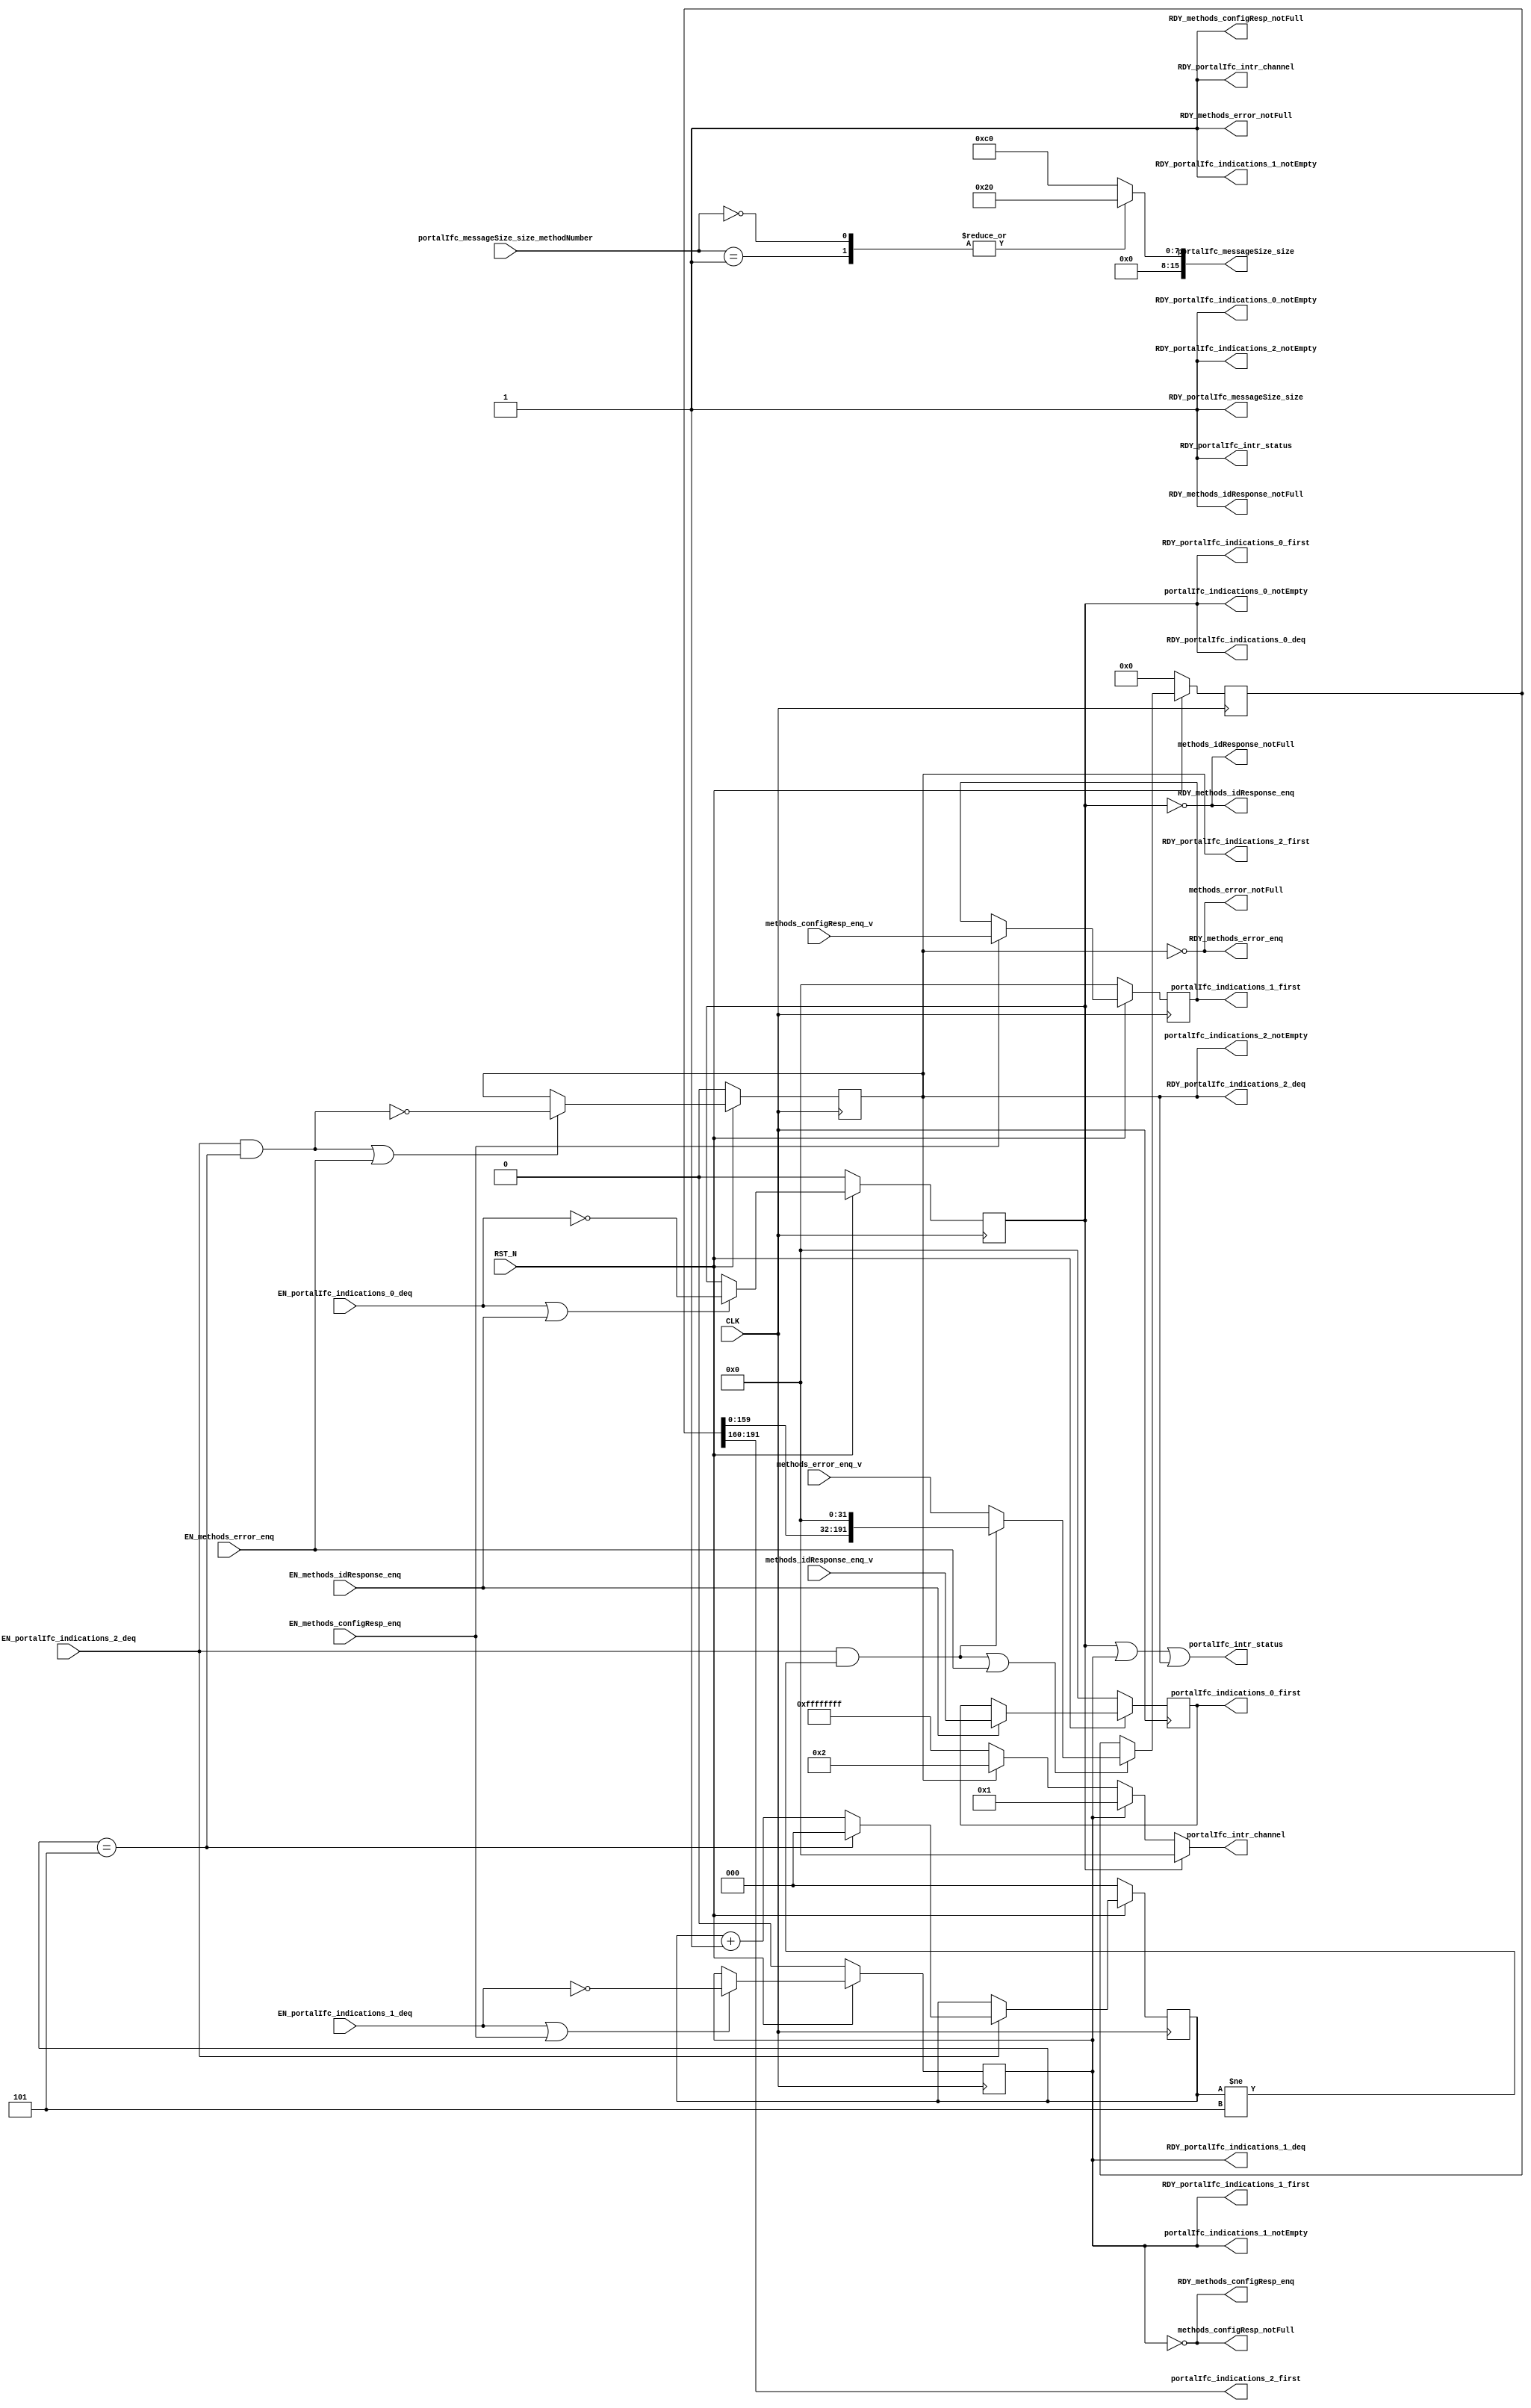
//
// Generated by Bluespec Compiler, version 2023.01 (build 52adafa5)
//
// timestamp removed
//
// BVI format method schedule info:
// schedule methods_idResponse_enq  CF ( methods_configResp_enq,
// 				      methods_configResp_notFull,
// 				      methods_error_enq,
// 				      methods_error_notFull,
// 				      portalIfc_messageSize_size,
// 				      portalIfc_indications_0_first,
// 				      portalIfc_indications_0_deq,
// 				      portalIfc_indications_1_first,
// 				      portalIfc_indications_1_deq,
// 				      portalIfc_indications_1_notEmpty,
// 				      portalIfc_indications_2_first,
// 				      portalIfc_indications_2_deq,
// 				      portalIfc_indications_2_notEmpty );
// schedule methods_idResponse_enq  C ( methods_idResponse_enq );
//
// schedule methods_idResponse_notFull  CF ( methods_idResponse_notFull,
// 					  methods_configResp_enq,
// 					  methods_configResp_notFull,
// 					  methods_error_enq,
// 					  methods_error_notFull,
// 					  portalIfc_messageSize_size,
// 					  portalIfc_indications_0_first,
// 					  portalIfc_indications_0_notEmpty,
// 					  portalIfc_indications_1_first,
// 					  portalIfc_indications_1_deq,
// 					  portalIfc_indications_1_notEmpty,
// 					  portalIfc_indications_2_first,
// 					  portalIfc_indications_2_deq,
// 					  portalIfc_indications_2_notEmpty,
// 					  portalIfc_intr_status,
// 					  portalIfc_intr_channel );
// schedule methods_idResponse_notFull  SB ( methods_idResponse_enq,
// 					  portalIfc_indications_0_deq );
//
// schedule methods_configResp_enq  CF ( methods_idResponse_enq,
// 				      methods_idResponse_notFull,
// 				      methods_error_enq,
// 				      methods_error_notFull,
// 				      portalIfc_messageSize_size,
// 				      portalIfc_indications_0_first,
// 				      portalIfc_indications_0_deq,
// 				      portalIfc_indications_0_notEmpty,
// 				      portalIfc_indications_1_first,
// 				      portalIfc_indications_1_deq,
// 				      portalIfc_indications_2_first,
// 				      portalIfc_indications_2_deq,
// 				      portalIfc_indications_2_notEmpty );
// schedule methods_configResp_enq  C ( methods_configResp_enq );
//
// schedule methods_configResp_notFull  CF ( methods_idResponse_enq,
// 					  methods_idResponse_notFull,
// 					  methods_configResp_notFull,
// 					  methods_error_enq,
// 					  methods_error_notFull,
// 					  portalIfc_messageSize_size,
// 					  portalIfc_indications_0_first,
// 					  portalIfc_indications_0_deq,
// 					  portalIfc_indications_0_notEmpty,
// 					  portalIfc_indications_1_first,
// 					  portalIfc_indications_1_notEmpty,
// 					  portalIfc_indications_2_first,
// 					  portalIfc_indications_2_deq,
// 					  portalIfc_indications_2_notEmpty,
// 					  portalIfc_intr_status,
// 					  portalIfc_intr_channel );
// schedule methods_configResp_notFull  SB ( methods_configResp_enq,
// 					  portalIfc_indications_1_deq );
//
// schedule methods_error_enq  CF ( methods_idResponse_enq,
// 				 methods_idResponse_notFull,
// 				 methods_configResp_enq,
// 				 methods_configResp_notFull,
// 				 portalIfc_messageSize_size,
// 				 portalIfc_indications_0_first,
// 				 portalIfc_indications_0_deq,
// 				 portalIfc_indications_0_notEmpty,
// 				 portalIfc_indications_1_first,
// 				 portalIfc_indications_1_deq,
// 				 portalIfc_indications_1_notEmpty,
// 				 portalIfc_indications_2_first,
// 				 portalIfc_indications_2_deq );
// schedule methods_error_enq  C ( methods_error_enq );
//
// schedule methods_error_notFull  CF ( methods_idResponse_enq,
// 				     methods_idResponse_notFull,
// 				     methods_configResp_enq,
// 				     methods_configResp_notFull,
// 				     methods_error_notFull,
// 				     portalIfc_messageSize_size,
// 				     portalIfc_indications_0_first,
// 				     portalIfc_indications_0_deq,
// 				     portalIfc_indications_0_notEmpty,
// 				     portalIfc_indications_1_first,
// 				     portalIfc_indications_1_deq,
// 				     portalIfc_indications_1_notEmpty,
// 				     portalIfc_indications_2_first,
// 				     portalIfc_indications_2_notEmpty,
// 				     portalIfc_intr_status,
// 				     portalIfc_intr_channel );
// schedule methods_error_notFull  SB ( methods_error_enq,
// 				     portalIfc_indications_2_deq );
//
// schedule portalIfc_messageSize_size  CF ( methods_idResponse_enq,
// 					  methods_idResponse_notFull,
// 					  methods_configResp_enq,
// 					  methods_configResp_notFull,
// 					  methods_error_enq,
// 					  methods_error_notFull,
// 					  portalIfc_messageSize_size,
// 					  portalIfc_indications_0_first,
// 					  portalIfc_indications_0_deq,
// 					  portalIfc_indications_0_notEmpty,
// 					  portalIfc_indications_1_first,
// 					  portalIfc_indications_1_deq,
// 					  portalIfc_indications_1_notEmpty,
// 					  portalIfc_indications_2_first,
// 					  portalIfc_indications_2_deq,
// 					  portalIfc_indications_2_notEmpty,
// 					  portalIfc_intr_status,
// 					  portalIfc_intr_channel );
//
// schedule portalIfc_indications_0_first  CF ( methods_idResponse_enq,
// 					     methods_idResponse_notFull,
// 					     methods_configResp_enq,
// 					     methods_configResp_notFull,
// 					     methods_error_enq,
// 					     methods_error_notFull,
// 					     portalIfc_messageSize_size,
// 					     portalIfc_indications_0_first,
// 					     portalIfc_indications_0_notEmpty,
// 					     portalIfc_indications_1_first,
// 					     portalIfc_indications_1_deq,
// 					     portalIfc_indications_1_notEmpty,
// 					     portalIfc_indications_2_first,
// 					     portalIfc_indications_2_deq,
// 					     portalIfc_indications_2_notEmpty,
// 					     portalIfc_intr_status,
// 					     portalIfc_intr_channel );
// schedule portalIfc_indications_0_first  SB ( portalIfc_indications_0_deq );
//
// schedule portalIfc_indications_0_deq  CF ( methods_idResponse_enq,
// 					   methods_configResp_enq,
// 					   methods_configResp_notFull,
// 					   methods_error_enq,
// 					   methods_error_notFull,
// 					   portalIfc_messageSize_size,
// 					   portalIfc_indications_1_first,
// 					   portalIfc_indications_1_deq,
// 					   portalIfc_indications_1_notEmpty,
// 					   portalIfc_indications_2_first,
// 					   portalIfc_indications_2_deq,
// 					   portalIfc_indications_2_notEmpty );
// schedule portalIfc_indications_0_deq  C ( portalIfc_indications_0_deq );
//
// schedule portalIfc_indications_0_notEmpty  CF ( methods_idResponse_notFull,
// 						methods_configResp_enq,
// 						methods_configResp_notFull,
// 						methods_error_enq,
// 						methods_error_notFull,
// 						portalIfc_messageSize_size,
// 						portalIfc_indications_0_first,
// 						portalIfc_indications_0_notEmpty,
// 						portalIfc_indications_1_first,
// 						portalIfc_indications_1_deq,
// 						portalIfc_indications_1_notEmpty,
// 						portalIfc_indications_2_first,
// 						portalIfc_indications_2_deq,
// 						portalIfc_indications_2_notEmpty,
// 						portalIfc_intr_status,
// 						portalIfc_intr_channel );
// schedule portalIfc_indications_0_notEmpty  SB ( methods_idResponse_enq,
// 						portalIfc_indications_0_deq );
//
// schedule portalIfc_indications_1_first  CF ( methods_idResponse_enq,
// 					     methods_idResponse_notFull,
// 					     methods_configResp_enq,
// 					     methods_configResp_notFull,
// 					     methods_error_enq,
// 					     methods_error_notFull,
// 					     portalIfc_messageSize_size,
// 					     portalIfc_indications_0_first,
// 					     portalIfc_indications_0_deq,
// 					     portalIfc_indications_0_notEmpty,
// 					     portalIfc_indications_1_first,
// 					     portalIfc_indications_1_notEmpty,
// 					     portalIfc_indications_2_first,
// 					     portalIfc_indications_2_deq,
// 					     portalIfc_indications_2_notEmpty,
// 					     portalIfc_intr_status,
// 					     portalIfc_intr_channel );
// schedule portalIfc_indications_1_first  SB ( portalIfc_indications_1_deq );
//
// schedule portalIfc_indications_1_deq  CF ( methods_idResponse_enq,
// 					   methods_idResponse_notFull,
// 					   methods_configResp_enq,
// 					   methods_error_enq,
// 					   methods_error_notFull,
// 					   portalIfc_messageSize_size,
// 					   portalIfc_indications_0_first,
// 					   portalIfc_indications_0_deq,
// 					   portalIfc_indications_0_notEmpty,
// 					   portalIfc_indications_2_first,
// 					   portalIfc_indications_2_deq,
// 					   portalIfc_indications_2_notEmpty );
// schedule portalIfc_indications_1_deq  C ( portalIfc_indications_1_deq );
//
// schedule portalIfc_indications_1_notEmpty  CF ( methods_idResponse_enq,
// 						methods_idResponse_notFull,
// 						methods_configResp_notFull,
// 						methods_error_enq,
// 						methods_error_notFull,
// 						portalIfc_messageSize_size,
// 						portalIfc_indications_0_first,
// 						portalIfc_indications_0_deq,
// 						portalIfc_indications_0_notEmpty,
// 						portalIfc_indications_1_first,
// 						portalIfc_indications_1_notEmpty,
// 						portalIfc_indications_2_first,
// 						portalIfc_indications_2_deq,
// 						portalIfc_indications_2_notEmpty,
// 						portalIfc_intr_status,
// 						portalIfc_intr_channel );
// schedule portalIfc_indications_1_notEmpty  SB ( methods_configResp_enq,
// 						portalIfc_indications_1_deq );
//
// schedule portalIfc_indications_2_first  CF ( methods_idResponse_enq,
// 					     methods_idResponse_notFull,
// 					     methods_configResp_enq,
// 					     methods_configResp_notFull,
// 					     methods_error_enq,
// 					     methods_error_notFull,
// 					     portalIfc_messageSize_size,
// 					     portalIfc_indications_0_first,
// 					     portalIfc_indications_0_deq,
// 					     portalIfc_indications_0_notEmpty,
// 					     portalIfc_indications_1_first,
// 					     portalIfc_indications_1_deq,
// 					     portalIfc_indications_1_notEmpty,
// 					     portalIfc_indications_2_first,
// 					     portalIfc_indications_2_notEmpty,
// 					     portalIfc_intr_status,
// 					     portalIfc_intr_channel );
// schedule portalIfc_indications_2_first  SB ( portalIfc_indications_2_deq );
//
// schedule portalIfc_indications_2_deq  CF ( methods_idResponse_enq,
// 					   methods_idResponse_notFull,
// 					   methods_configResp_enq,
// 					   methods_configResp_notFull,
// 					   methods_error_enq,
// 					   portalIfc_messageSize_size,
// 					   portalIfc_indications_0_first,
// 					   portalIfc_indications_0_deq,
// 					   portalIfc_indications_0_notEmpty,
// 					   portalIfc_indications_1_first,
// 					   portalIfc_indications_1_deq,
// 					   portalIfc_indications_1_notEmpty );
// schedule portalIfc_indications_2_deq  C ( portalIfc_indications_2_deq );
//
// schedule portalIfc_indications_2_notEmpty  CF ( methods_idResponse_enq,
// 						methods_idResponse_notFull,
// 						methods_configResp_enq,
// 						methods_configResp_notFull,
// 						methods_error_notFull,
// 						portalIfc_messageSize_size,
// 						portalIfc_indications_0_first,
// 						portalIfc_indications_0_deq,
// 						portalIfc_indications_0_notEmpty,
// 						portalIfc_indications_1_first,
// 						portalIfc_indications_1_deq,
// 						portalIfc_indications_1_notEmpty,
// 						portalIfc_indications_2_first,
// 						portalIfc_indications_2_notEmpty,
// 						portalIfc_intr_status,
// 						portalIfc_intr_channel );
// schedule portalIfc_indications_2_notEmpty  SB ( methods_error_enq,
// 						portalIfc_indications_2_deq );
//
// schedule portalIfc_intr_status  CF ( methods_idResponse_notFull,
// 				     methods_configResp_notFull,
// 				     methods_error_notFull,
// 				     portalIfc_messageSize_size,
// 				     portalIfc_indications_0_first,
// 				     portalIfc_indications_0_notEmpty,
// 				     portalIfc_indications_1_first,
// 				     portalIfc_indications_1_notEmpty,
// 				     portalIfc_indications_2_first,
// 				     portalIfc_indications_2_notEmpty,
// 				     portalIfc_intr_status,
// 				     portalIfc_intr_channel );
// schedule portalIfc_intr_status  SB ( methods_idResponse_enq,
// 				     methods_configResp_enq,
// 				     methods_error_enq,
// 				     portalIfc_indications_0_deq,
// 				     portalIfc_indications_1_deq,
// 				     portalIfc_indications_2_deq );
//
// schedule portalIfc_intr_channel  CF ( methods_idResponse_notFull,
// 				      methods_configResp_notFull,
// 				      methods_error_notFull,
// 				      portalIfc_messageSize_size,
// 				      portalIfc_indications_0_first,
// 				      portalIfc_indications_0_notEmpty,
// 				      portalIfc_indications_1_first,
// 				      portalIfc_indications_1_notEmpty,
// 				      portalIfc_indications_2_first,
// 				      portalIfc_indications_2_notEmpty,
// 				      portalIfc_intr_status,
// 				      portalIfc_intr_channel );
// schedule portalIfc_intr_channel  SB ( methods_idResponse_enq,
// 				      methods_configResp_enq,
// 				      methods_error_enq,
// 				      portalIfc_indications_0_deq,
// 				      portalIfc_indications_1_deq,
// 				      portalIfc_indications_2_deq );
//
//
// Ports:
// Name                         I/O  size props
// RDY_methods_idResponse_enq     O     1
// methods_idResponse_notFull     O     1
// RDY_methods_idResponse_notFull  O     1 const
// RDY_methods_configResp_enq     O     1
// methods_configResp_notFull     O     1
// RDY_methods_configResp_notFull  O     1 const
// RDY_methods_error_enq          O     1
// methods_error_notFull          O     1
// RDY_methods_error_notFull      O     1 const
// portalIfc_messageSize_size     O    16
// RDY_portalIfc_messageSize_size  O     1 const
// portalIfc_indications_0_first  O    32 reg
// RDY_portalIfc_indications_0_first  O     1 reg
// RDY_portalIfc_indications_0_deq  O     1 reg
// portalIfc_indications_0_notEmpty  O     1 reg
// RDY_portalIfc_indications_0_notEmpty  O     1 const
// portalIfc_indications_1_first  O    32 reg
// RDY_portalIfc_indications_1_first  O     1 reg
// RDY_portalIfc_indications_1_deq  O     1 reg
// portalIfc_indications_1_notEmpty  O     1 reg
// RDY_portalIfc_indications_1_notEmpty  O     1 const
// portalIfc_indications_2_first  O    32 reg
// RDY_portalIfc_indications_2_first  O     1 reg
// RDY_portalIfc_indications_2_deq  O     1 reg
// portalIfc_indications_2_notEmpty  O     1 reg
// RDY_portalIfc_indications_2_notEmpty  O     1 const
// portalIfc_intr_status          O     1
// RDY_portalIfc_intr_status      O     1 const
// portalIfc_intr_channel         O    32
// RDY_portalIfc_intr_channel     O     1 const
// CLK                            I     1 clock
// RST_N                          I     1 reset
// methods_idResponse_enq_v       I    32 reg
// methods_configResp_enq_v       I    32 reg
// methods_error_enq_v            I   192
// portalIfc_messageSize_size_methodNumber  I    16
// EN_methods_idResponse_enq      I     1
// EN_methods_configResp_enq      I     1
// EN_methods_error_enq           I     1
// EN_portalIfc_indications_0_deq  I     1
// EN_portalIfc_indications_1_deq  I     1
// EN_portalIfc_indications_2_deq  I     1
//
// Combinational paths from inputs to outputs:
//   portalIfc_messageSize_size_methodNumber -> portalIfc_messageSize_size
//
//

`ifdef BSV_ASSIGNMENT_DELAY
`else
  `define BSV_ASSIGNMENT_DELAY
`endif

`ifdef BSV_POSITIVE_RESET
  `define BSV_RESET_VALUE 1'b1
  `define BSV_RESET_EDGE posedge
`else
  `define BSV_RESET_VALUE 1'b0
  `define BSV_RESET_EDGE negedge
`endif

module mkMMUIndicationOutputPipes(CLK,
				  RST_N,

				  methods_idResponse_enq_v,
				  EN_methods_idResponse_enq,
				  RDY_methods_idResponse_enq,

				  methods_idResponse_notFull,
				  RDY_methods_idResponse_notFull,

				  methods_configResp_enq_v,
				  EN_methods_configResp_enq,
				  RDY_methods_configResp_enq,

				  methods_configResp_notFull,
				  RDY_methods_configResp_notFull,

				  methods_error_enq_v,
				  EN_methods_error_enq,
				  RDY_methods_error_enq,

				  methods_error_notFull,
				  RDY_methods_error_notFull,

				  portalIfc_messageSize_size_methodNumber,
				  portalIfc_messageSize_size,
				  RDY_portalIfc_messageSize_size,

				  portalIfc_indications_0_first,
				  RDY_portalIfc_indications_0_first,

				  EN_portalIfc_indications_0_deq,
				  RDY_portalIfc_indications_0_deq,

				  portalIfc_indications_0_notEmpty,
				  RDY_portalIfc_indications_0_notEmpty,

				  portalIfc_indications_1_first,
				  RDY_portalIfc_indications_1_first,

				  EN_portalIfc_indications_1_deq,
				  RDY_portalIfc_indications_1_deq,

				  portalIfc_indications_1_notEmpty,
				  RDY_portalIfc_indications_1_notEmpty,

				  portalIfc_indications_2_first,
				  RDY_portalIfc_indications_2_first,

				  EN_portalIfc_indications_2_deq,
				  RDY_portalIfc_indications_2_deq,

				  portalIfc_indications_2_notEmpty,
				  RDY_portalIfc_indications_2_notEmpty,

				  portalIfc_intr_status,
				  RDY_portalIfc_intr_status,

				  portalIfc_intr_channel,
				  RDY_portalIfc_intr_channel);
  input  CLK;
  input  RST_N;

  // action method methods_idResponse_enq
  input  [31 : 0] methods_idResponse_enq_v;
  input  EN_methods_idResponse_enq;
  output RDY_methods_idResponse_enq;

  // value method methods_idResponse_notFull
  output methods_idResponse_notFull;
  output RDY_methods_idResponse_notFull;

  // action method methods_configResp_enq
  input  [31 : 0] methods_configResp_enq_v;
  input  EN_methods_configResp_enq;
  output RDY_methods_configResp_enq;

  // value method methods_configResp_notFull
  output methods_configResp_notFull;
  output RDY_methods_configResp_notFull;

  // action method methods_error_enq
  input  [191 : 0] methods_error_enq_v;
  input  EN_methods_error_enq;
  output RDY_methods_error_enq;

  // value method methods_error_notFull
  output methods_error_notFull;
  output RDY_methods_error_notFull;

  // value method portalIfc_messageSize_size
  input  [15 : 0] portalIfc_messageSize_size_methodNumber;
  output [15 : 0] portalIfc_messageSize_size;
  output RDY_portalIfc_messageSize_size;

  // value method portalIfc_indications_0_first
  output [31 : 0] portalIfc_indications_0_first;
  output RDY_portalIfc_indications_0_first;

  // action method portalIfc_indications_0_deq
  input  EN_portalIfc_indications_0_deq;
  output RDY_portalIfc_indications_0_deq;

  // value method portalIfc_indications_0_notEmpty
  output portalIfc_indications_0_notEmpty;
  output RDY_portalIfc_indications_0_notEmpty;

  // value method portalIfc_indications_1_first
  output [31 : 0] portalIfc_indications_1_first;
  output RDY_portalIfc_indications_1_first;

  // action method portalIfc_indications_1_deq
  input  EN_portalIfc_indications_1_deq;
  output RDY_portalIfc_indications_1_deq;

  // value method portalIfc_indications_1_notEmpty
  output portalIfc_indications_1_notEmpty;
  output RDY_portalIfc_indications_1_notEmpty;

  // value method portalIfc_indications_2_first
  output [31 : 0] portalIfc_indications_2_first;
  output RDY_portalIfc_indications_2_first;

  // action method portalIfc_indications_2_deq
  input  EN_portalIfc_indications_2_deq;
  output RDY_portalIfc_indications_2_deq;

  // value method portalIfc_indications_2_notEmpty
  output portalIfc_indications_2_notEmpty;
  output RDY_portalIfc_indications_2_notEmpty;

  // value method portalIfc_intr_status
  output portalIfc_intr_status;
  output RDY_portalIfc_intr_status;

  // value method portalIfc_intr_channel
  output [31 : 0] portalIfc_intr_channel;
  output RDY_portalIfc_intr_channel;

  // signals for module outputs
  reg [15 : 0] portalIfc_messageSize_size;
  wire [31 : 0] portalIfc_indications_0_first,
		portalIfc_indications_1_first,
		portalIfc_indications_2_first,
		portalIfc_intr_channel;
  wire RDY_methods_configResp_enq,
       RDY_methods_configResp_notFull,
       RDY_methods_error_enq,
       RDY_methods_error_notFull,
       RDY_methods_idResponse_enq,
       RDY_methods_idResponse_notFull,
       RDY_portalIfc_indications_0_deq,
       RDY_portalIfc_indications_0_first,
       RDY_portalIfc_indications_0_notEmpty,
       RDY_portalIfc_indications_1_deq,
       RDY_portalIfc_indications_1_first,
       RDY_portalIfc_indications_1_notEmpty,
       RDY_portalIfc_indications_2_deq,
       RDY_portalIfc_indications_2_first,
       RDY_portalIfc_indications_2_notEmpty,
       RDY_portalIfc_intr_channel,
       RDY_portalIfc_intr_status,
       RDY_portalIfc_messageSize_size,
       methods_configResp_notFull,
       methods_error_notFull,
       methods_idResponse_notFull,
       portalIfc_indications_0_notEmpty,
       portalIfc_indications_1_notEmpty,
       portalIfc_indications_2_notEmpty,
       portalIfc_intr_status;

  // register configResp_responseAdapter_bits
  reg [31 : 0] configResp_responseAdapter_bits;
  wire [31 : 0] configResp_responseAdapter_bits_D_IN;
  wire configResp_responseAdapter_bits_EN;

  // register configResp_responseAdapter_notEmptyReg
  reg configResp_responseAdapter_notEmptyReg;
  wire configResp_responseAdapter_notEmptyReg_D_IN,
       configResp_responseAdapter_notEmptyReg_EN;

  // register configResp_responseAdapter_shift
  reg [5 : 0] configResp_responseAdapter_shift;
  wire [5 : 0] configResp_responseAdapter_shift_D_IN;
  wire configResp_responseAdapter_shift_EN;

  // register error_responseAdapter_bits
  reg [191 : 0] error_responseAdapter_bits;
  wire [191 : 0] error_responseAdapter_bits_D_IN;
  wire error_responseAdapter_bits_EN;

  // register error_responseAdapter_count
  reg [2 : 0] error_responseAdapter_count;
  wire [2 : 0] error_responseAdapter_count_D_IN;
  wire error_responseAdapter_count_EN;

  // register error_responseAdapter_notEmptyReg
  reg error_responseAdapter_notEmptyReg;
  wire error_responseAdapter_notEmptyReg_D_IN,
       error_responseAdapter_notEmptyReg_EN;

  // register error_responseAdapter_shift
  reg [8 : 0] error_responseAdapter_shift;
  wire [8 : 0] error_responseAdapter_shift_D_IN;
  wire error_responseAdapter_shift_EN;

  // register idResponse_responseAdapter_bits
  reg [31 : 0] idResponse_responseAdapter_bits;
  wire [31 : 0] idResponse_responseAdapter_bits_D_IN;
  wire idResponse_responseAdapter_bits_EN;

  // register idResponse_responseAdapter_notEmptyReg
  reg idResponse_responseAdapter_notEmptyReg;
  wire idResponse_responseAdapter_notEmptyReg_D_IN,
       idResponse_responseAdapter_notEmptyReg_EN;

  // register idResponse_responseAdapter_shift
  reg [5 : 0] idResponse_responseAdapter_shift;
  wire [5 : 0] idResponse_responseAdapter_shift_D_IN;
  wire idResponse_responseAdapter_shift_EN;

  // inputs to muxes for submodule ports
  wire [191 : 0] MUX_error_responseAdapter_bits_write_1__VAL_1;
  wire MUX_error_responseAdapter_bits_write_1__SEL_1,
       MUX_error_responseAdapter_notEmptyReg_write_1__SEL_1;

  // remaining internal signals
  wire [2 : 0] x__h1094;

  // action method methods_idResponse_enq
  assign RDY_methods_idResponse_enq =
	     !idResponse_responseAdapter_notEmptyReg ;

  // value method methods_idResponse_notFull
  assign methods_idResponse_notFull =
	     !idResponse_responseAdapter_notEmptyReg ;
  assign RDY_methods_idResponse_notFull = 1'd1 ;

  // action method methods_configResp_enq
  assign RDY_methods_configResp_enq =
	     !configResp_responseAdapter_notEmptyReg ;

  // value method methods_configResp_notFull
  assign methods_configResp_notFull =
	     !configResp_responseAdapter_notEmptyReg ;
  assign RDY_methods_configResp_notFull = 1'd1 ;

  // action method methods_error_enq
  assign RDY_methods_error_enq = !error_responseAdapter_notEmptyReg ;

  // value method methods_error_notFull
  assign methods_error_notFull = !error_responseAdapter_notEmptyReg ;
  assign RDY_methods_error_notFull = 1'd1 ;

  // value method portalIfc_messageSize_size
  always@(portalIfc_messageSize_size_methodNumber)
  begin
    case (portalIfc_messageSize_size_methodNumber)
      16'd0, 16'd1: portalIfc_messageSize_size = 16'd32;
      default: portalIfc_messageSize_size = 16'd192;
    endcase
  end
  assign RDY_portalIfc_messageSize_size = 1'd1 ;

  // value method portalIfc_indications_0_first
  assign portalIfc_indications_0_first = idResponse_responseAdapter_bits ;
  assign RDY_portalIfc_indications_0_first =
	     idResponse_responseAdapter_notEmptyReg ;

  // action method portalIfc_indications_0_deq
  assign RDY_portalIfc_indications_0_deq =
	     idResponse_responseAdapter_notEmptyReg ;

  // value method portalIfc_indications_0_notEmpty
  assign portalIfc_indications_0_notEmpty =
	     idResponse_responseAdapter_notEmptyReg ;
  assign RDY_portalIfc_indications_0_notEmpty = 1'd1 ;

  // value method portalIfc_indications_1_first
  assign portalIfc_indications_1_first = configResp_responseAdapter_bits ;
  assign RDY_portalIfc_indications_1_first =
	     configResp_responseAdapter_notEmptyReg ;

  // action method portalIfc_indications_1_deq
  assign RDY_portalIfc_indications_1_deq =
	     configResp_responseAdapter_notEmptyReg ;

  // value method portalIfc_indications_1_notEmpty
  assign portalIfc_indications_1_notEmpty =
	     configResp_responseAdapter_notEmptyReg ;
  assign RDY_portalIfc_indications_1_notEmpty = 1'd1 ;

  // value method portalIfc_indications_2_first
  assign portalIfc_indications_2_first = error_responseAdapter_bits[191:160] ;
  assign RDY_portalIfc_indications_2_first =
	     error_responseAdapter_notEmptyReg ;

  // action method portalIfc_indications_2_deq
  assign RDY_portalIfc_indications_2_deq = error_responseAdapter_notEmptyReg ;

  // value method portalIfc_indications_2_notEmpty
  assign portalIfc_indications_2_notEmpty =
	     error_responseAdapter_notEmptyReg ;
  assign RDY_portalIfc_indications_2_notEmpty = 1'd1 ;

  // value method portalIfc_intr_status
  assign portalIfc_intr_status =
	     idResponse_responseAdapter_notEmptyReg ||
	     configResp_responseAdapter_notEmptyReg ||
	     error_responseAdapter_notEmptyReg ;
  assign RDY_portalIfc_intr_status = 1'd1 ;

  // value method portalIfc_intr_channel
  assign portalIfc_intr_channel =
	     idResponse_responseAdapter_notEmptyReg ?
	       32'd0 :
	       (configResp_responseAdapter_notEmptyReg ?
		  32'd1 :
		  (error_responseAdapter_notEmptyReg ?
		     32'd2 :
		     32'hFFFFFFFF)) ;
  assign RDY_portalIfc_intr_channel = 1'd1 ;

  // inputs to muxes for submodule ports
  assign MUX_error_responseAdapter_bits_write_1__SEL_1 =
	     EN_portalIfc_indications_2_deq &&
	     error_responseAdapter_count != 3'd5 ;
  assign MUX_error_responseAdapter_notEmptyReg_write_1__SEL_1 =
	     EN_portalIfc_indications_2_deq &&
	     error_responseAdapter_count == 3'd5 ;
  assign MUX_error_responseAdapter_bits_write_1__VAL_1 =
	     { error_responseAdapter_bits[159:0], 32'd0 } ;

  // register configResp_responseAdapter_bits
  assign configResp_responseAdapter_bits_D_IN = methods_configResp_enq_v ;
  assign configResp_responseAdapter_bits_EN = EN_methods_configResp_enq ;

  // register configResp_responseAdapter_notEmptyReg
  assign configResp_responseAdapter_notEmptyReg_D_IN =
	     !EN_portalIfc_indications_1_deq ;
  assign configResp_responseAdapter_notEmptyReg_EN =
	     EN_portalIfc_indications_1_deq || EN_methods_configResp_enq ;

  // register configResp_responseAdapter_shift
  assign configResp_responseAdapter_shift_D_IN = 6'h0 ;
  assign configResp_responseAdapter_shift_EN = 1'b0 ;

  // register error_responseAdapter_bits
  assign error_responseAdapter_bits_D_IN =
	     MUX_error_responseAdapter_bits_write_1__SEL_1 ?
	       MUX_error_responseAdapter_bits_write_1__VAL_1 :
	       methods_error_enq_v ;
  assign error_responseAdapter_bits_EN =
	     EN_portalIfc_indications_2_deq &&
	     error_responseAdapter_count != 3'd5 ||
	     EN_methods_error_enq ;

  // register error_responseAdapter_count
  assign error_responseAdapter_count_D_IN =
	     (error_responseAdapter_count == 3'd5) ? 3'd0 : x__h1094 ;
  assign error_responseAdapter_count_EN = EN_portalIfc_indications_2_deq ;

  // register error_responseAdapter_notEmptyReg
  assign error_responseAdapter_notEmptyReg_D_IN =
	     !MUX_error_responseAdapter_notEmptyReg_write_1__SEL_1 ;
  assign error_responseAdapter_notEmptyReg_EN =
	     EN_portalIfc_indications_2_deq &&
	     error_responseAdapter_count == 3'd5 ||
	     EN_methods_error_enq ;

  // register error_responseAdapter_shift
  assign error_responseAdapter_shift_D_IN =
	     error_responseAdapter_shift + 9'd32 ;
  assign error_responseAdapter_shift_EN =
	     MUX_error_responseAdapter_bits_write_1__SEL_1 ;

  // register idResponse_responseAdapter_bits
  assign idResponse_responseAdapter_bits_D_IN = methods_idResponse_enq_v ;
  assign idResponse_responseAdapter_bits_EN = EN_methods_idResponse_enq ;

  // register idResponse_responseAdapter_notEmptyReg
  assign idResponse_responseAdapter_notEmptyReg_D_IN =
	     !EN_portalIfc_indications_0_deq ;
  assign idResponse_responseAdapter_notEmptyReg_EN =
	     EN_portalIfc_indications_0_deq || EN_methods_idResponse_enq ;

  // register idResponse_responseAdapter_shift
  assign idResponse_responseAdapter_shift_D_IN = 6'h0 ;
  assign idResponse_responseAdapter_shift_EN = 1'b0 ;

  // remaining internal signals
  assign x__h1094 = error_responseAdapter_count + 3'd1 ;

  // handling of inlined registers

  always@(posedge CLK)
  begin
    if (RST_N == `BSV_RESET_VALUE)
      begin
        configResp_responseAdapter_bits <= `BSV_ASSIGNMENT_DELAY 32'd0;
	configResp_responseAdapter_notEmptyReg <= `BSV_ASSIGNMENT_DELAY 1'd0;
	configResp_responseAdapter_shift <= `BSV_ASSIGNMENT_DELAY 6'd0;
	error_responseAdapter_bits <= `BSV_ASSIGNMENT_DELAY 192'd0;
	error_responseAdapter_count <= `BSV_ASSIGNMENT_DELAY 3'd0;
	error_responseAdapter_notEmptyReg <= `BSV_ASSIGNMENT_DELAY 1'd0;
	error_responseAdapter_shift <= `BSV_ASSIGNMENT_DELAY 9'd0;
	idResponse_responseAdapter_bits <= `BSV_ASSIGNMENT_DELAY 32'd0;
	idResponse_responseAdapter_notEmptyReg <= `BSV_ASSIGNMENT_DELAY 1'd0;
	idResponse_responseAdapter_shift <= `BSV_ASSIGNMENT_DELAY 6'd0;
      end
    else
      begin
        if (configResp_responseAdapter_bits_EN)
	  configResp_responseAdapter_bits <= `BSV_ASSIGNMENT_DELAY
	      configResp_responseAdapter_bits_D_IN;
	if (configResp_responseAdapter_notEmptyReg_EN)
	  configResp_responseAdapter_notEmptyReg <= `BSV_ASSIGNMENT_DELAY
	      configResp_responseAdapter_notEmptyReg_D_IN;
	if (configResp_responseAdapter_shift_EN)
	  configResp_responseAdapter_shift <= `BSV_ASSIGNMENT_DELAY
	      configResp_responseAdapter_shift_D_IN;
	if (error_responseAdapter_bits_EN)
	  error_responseAdapter_bits <= `BSV_ASSIGNMENT_DELAY
	      error_responseAdapter_bits_D_IN;
	if (error_responseAdapter_count_EN)
	  error_responseAdapter_count <= `BSV_ASSIGNMENT_DELAY
	      error_responseAdapter_count_D_IN;
	if (error_responseAdapter_notEmptyReg_EN)
	  error_responseAdapter_notEmptyReg <= `BSV_ASSIGNMENT_DELAY
	      error_responseAdapter_notEmptyReg_D_IN;
	if (error_responseAdapter_shift_EN)
	  error_responseAdapter_shift <= `BSV_ASSIGNMENT_DELAY
	      error_responseAdapter_shift_D_IN;
	if (idResponse_responseAdapter_bits_EN)
	  idResponse_responseAdapter_bits <= `BSV_ASSIGNMENT_DELAY
	      idResponse_responseAdapter_bits_D_IN;
	if (idResponse_responseAdapter_notEmptyReg_EN)
	  idResponse_responseAdapter_notEmptyReg <= `BSV_ASSIGNMENT_DELAY
	      idResponse_responseAdapter_notEmptyReg_D_IN;
	if (idResponse_responseAdapter_shift_EN)
	  idResponse_responseAdapter_shift <= `BSV_ASSIGNMENT_DELAY
	      idResponse_responseAdapter_shift_D_IN;
      end
  end

  // synopsys translate_off
  `ifdef BSV_NO_INITIAL_BLOCKS
  `else // not BSV_NO_INITIAL_BLOCKS
  initial
  begin
    configResp_responseAdapter_bits = 32'hAAAAAAAA;
    configResp_responseAdapter_notEmptyReg = 1'h0;
    configResp_responseAdapter_shift = 6'h2A;
    error_responseAdapter_bits =
	192'hAAAAAAAAAAAAAAAAAAAAAAAAAAAAAAAAAAAAAAAAAAAAAAAA;
    error_responseAdapter_count = 3'h2;
    error_responseAdapter_notEmptyReg = 1'h0;
    error_responseAdapter_shift = 9'h0AA;
    idResponse_responseAdapter_bits = 32'hAAAAAAAA;
    idResponse_responseAdapter_notEmptyReg = 1'h0;
    idResponse_responseAdapter_shift = 6'h2A;
  end
  `endif // BSV_NO_INITIAL_BLOCKS
  // synopsys translate_on
endmodule  // mkMMUIndicationOutputPipes